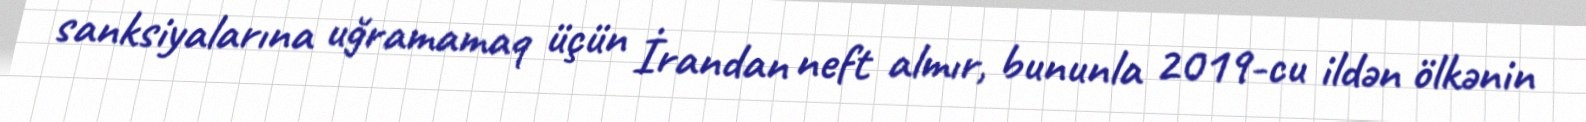
sanksiyalarına uğramamaq üçün İrandan neft almır, bununla 2019-cu ildən ölkənin